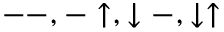
-- , - \uparrow , \downarrow - , \downarrow \uparrow